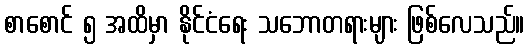
စာစောင် ၅ အထိမှာ နိုင်ငံရေး သဘောတရားများ ဖြစ်လေသည်။